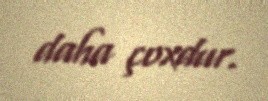
daha çoxdur.